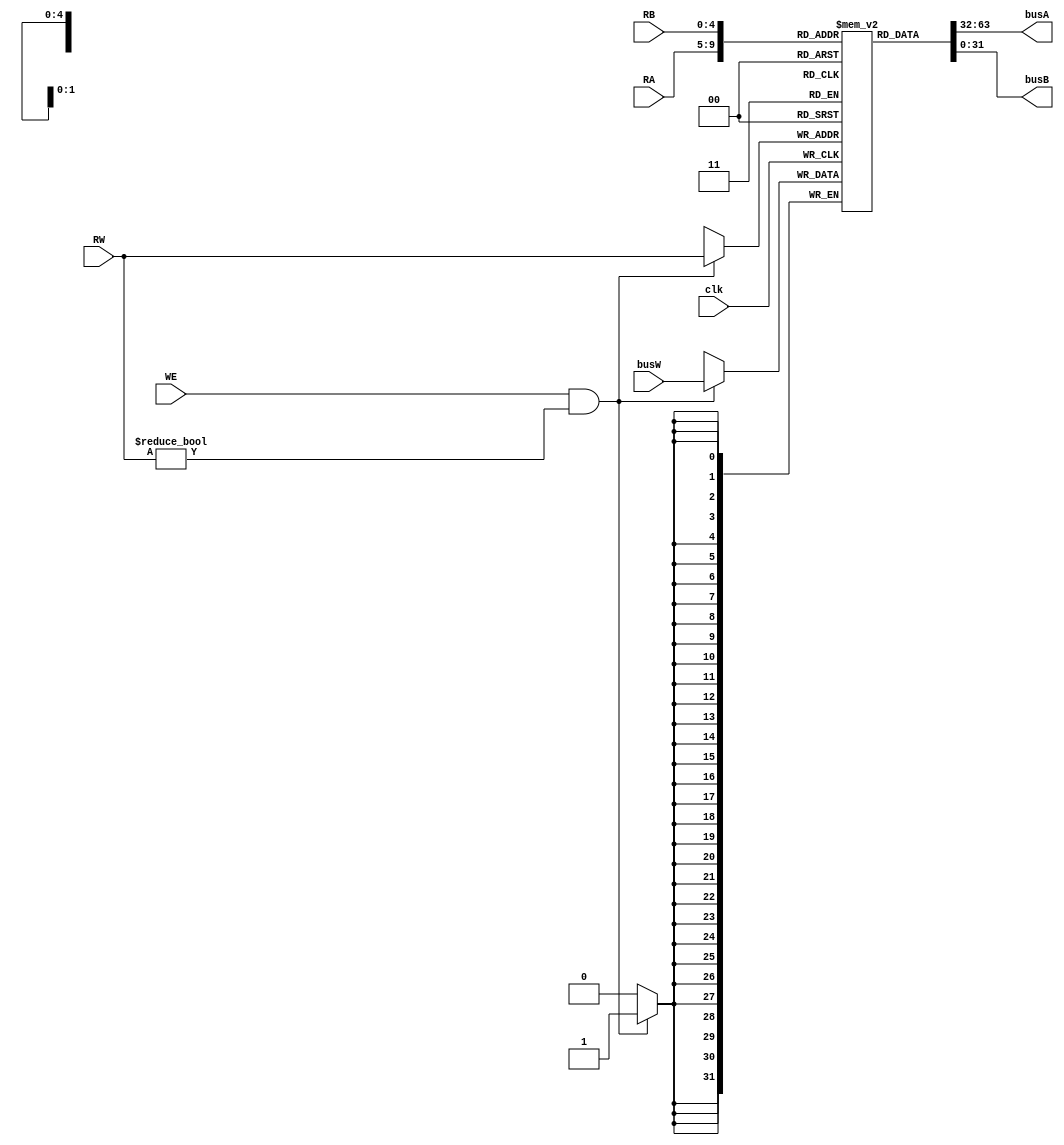
module registers (busW, clk, WE, RW, RA, RB, busA, busB);
    input [31:0] busW;
    input clk, WE;
    input [4:0] RW, RA, RB;
    output [31:0] busA, busB;
    
    reg [31:0] regs[31:0];
    
    initial
    begin
        regs[0] = 0;
    end
    assign busA = regs[RA];
    assign busB = regs[RB];
    
    always@(posedge clk)
    begin
        if (WE && (RW != 0) ) regs[RW] <= busW;
    end

endmodule